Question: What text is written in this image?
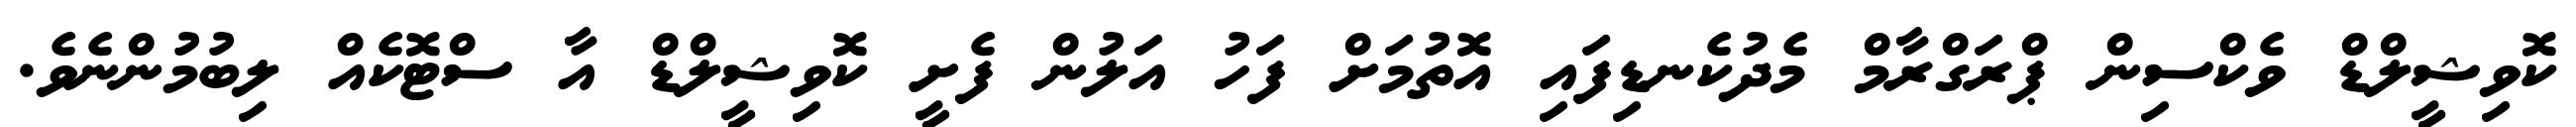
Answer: ކޮވިޝީލްޑް ވެކްސިން ޕްރަގްރާމް މެދުކެނޑިފައި އޮތުމަށް ފަހު އަލުން ފެށީ ކޮވިޝީލްޑް އާ ސްޓޮކެއް ލިބުމުންނެވެ.